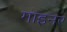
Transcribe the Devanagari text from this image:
गाइनर